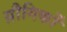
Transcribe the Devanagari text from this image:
य़ौगिकों